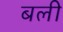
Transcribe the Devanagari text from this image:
बली